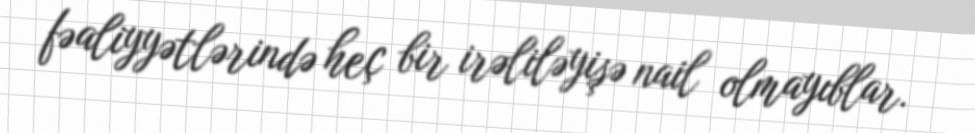
fəaliyyətlərində heç bir irəliləyişə nail olmayıblar.